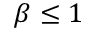
\beta \le 1